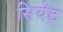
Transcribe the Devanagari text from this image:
सियेट